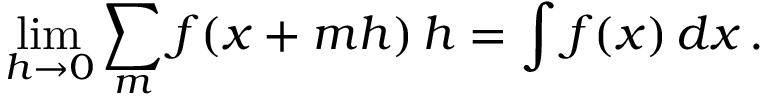
\operatorname* { l i m } _ { h \to 0 } \sum _ { m } f ( x + m h ) \, h = \int f ( x ) \, d x \, .